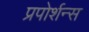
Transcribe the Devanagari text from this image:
प्रपोर्शन्स